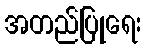
အတည်ပြုရေး